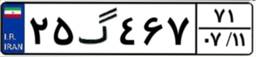
۴۸گ۸۹۵۳۸